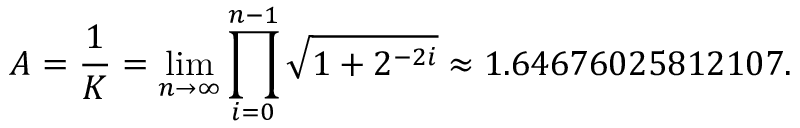
A = { \frac { 1 } { K } } = \operatorname* { l i m } _ { n \to \infty } \prod _ { i = 0 } ^ { n - 1 } { \sqrt { 1 + 2 ^ { - 2 i } } } \approx 1 . 6 4 6 7 6 0 2 5 8 1 2 1 0 7 .